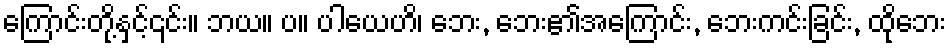
ကြောင်းတို့နှင့်၎င်း။ ဘယ။ ပ။ ပါယေဟိ၊ ဘေး, ဘေး၏အကြောင်း, ဘေးကင်းခြင်း, ထိုဘေး